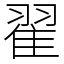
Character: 翟